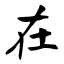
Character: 在